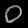
Digit: ၀